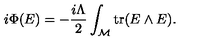
i \Phi ( E ) = - { \frac { i \Lambda } { 2 } } \int _ { \cal M } \mathrm { t r } ( E \wedge E ) .